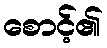
စောင့်၏